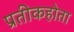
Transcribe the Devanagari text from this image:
प्रतीकहोता